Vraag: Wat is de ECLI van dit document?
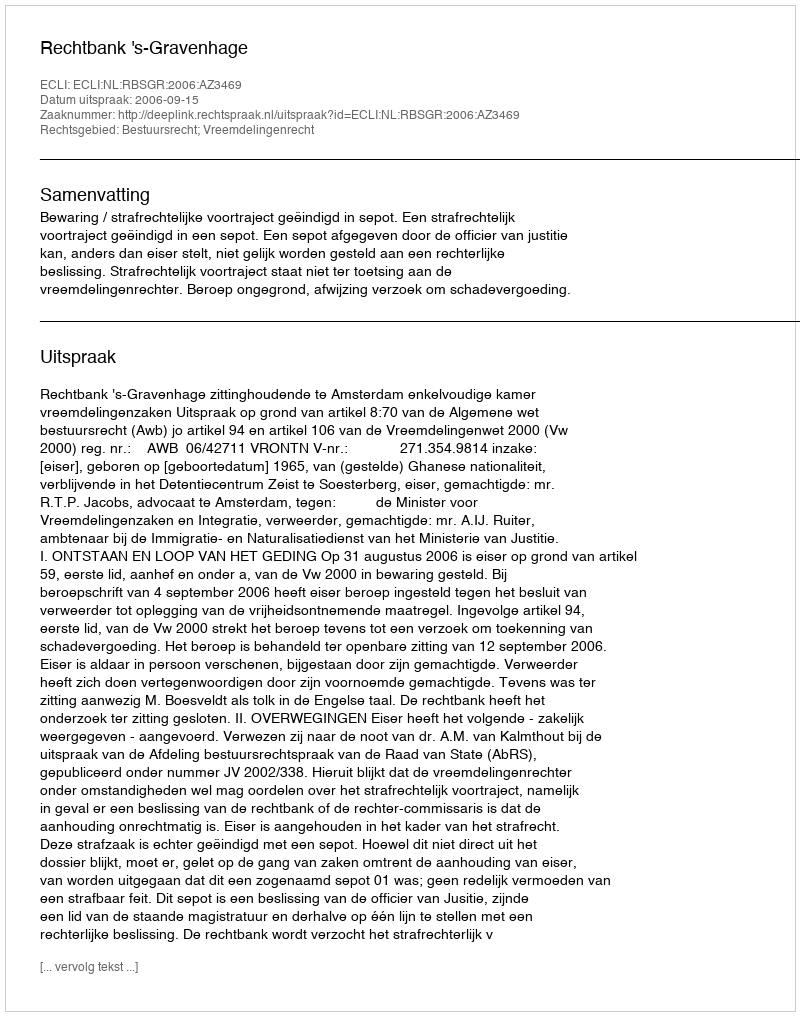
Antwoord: ECLI:NL:RBSGR:2006:AZ3469